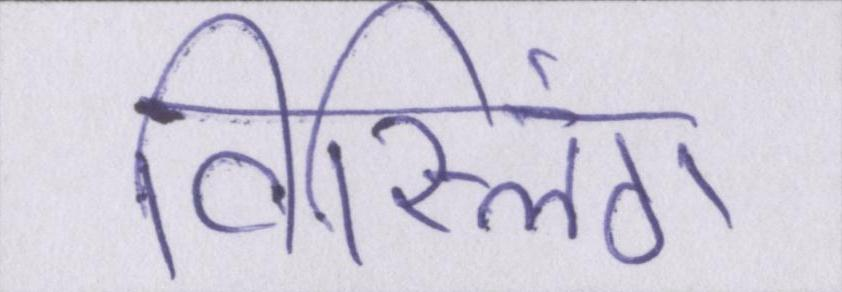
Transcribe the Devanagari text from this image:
विस्लिंग